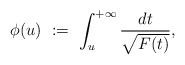
\begin{align*}\phi(u)\ :=\ \int_u^{+\infty}\frac{dt}{\sqrt{F(t)}},\end{align*}